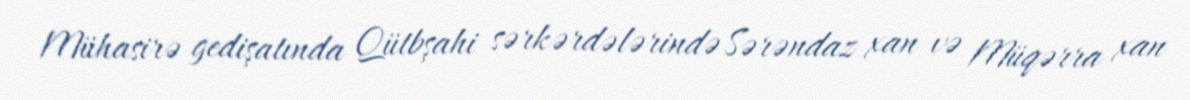
Mühasirə gedişatında Qütbşahi sərkərdələrində Sərəndaz xan və Müqərra xan